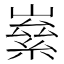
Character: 𡼊